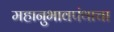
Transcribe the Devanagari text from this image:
महानुभावपंथाचा